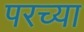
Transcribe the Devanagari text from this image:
परच्या